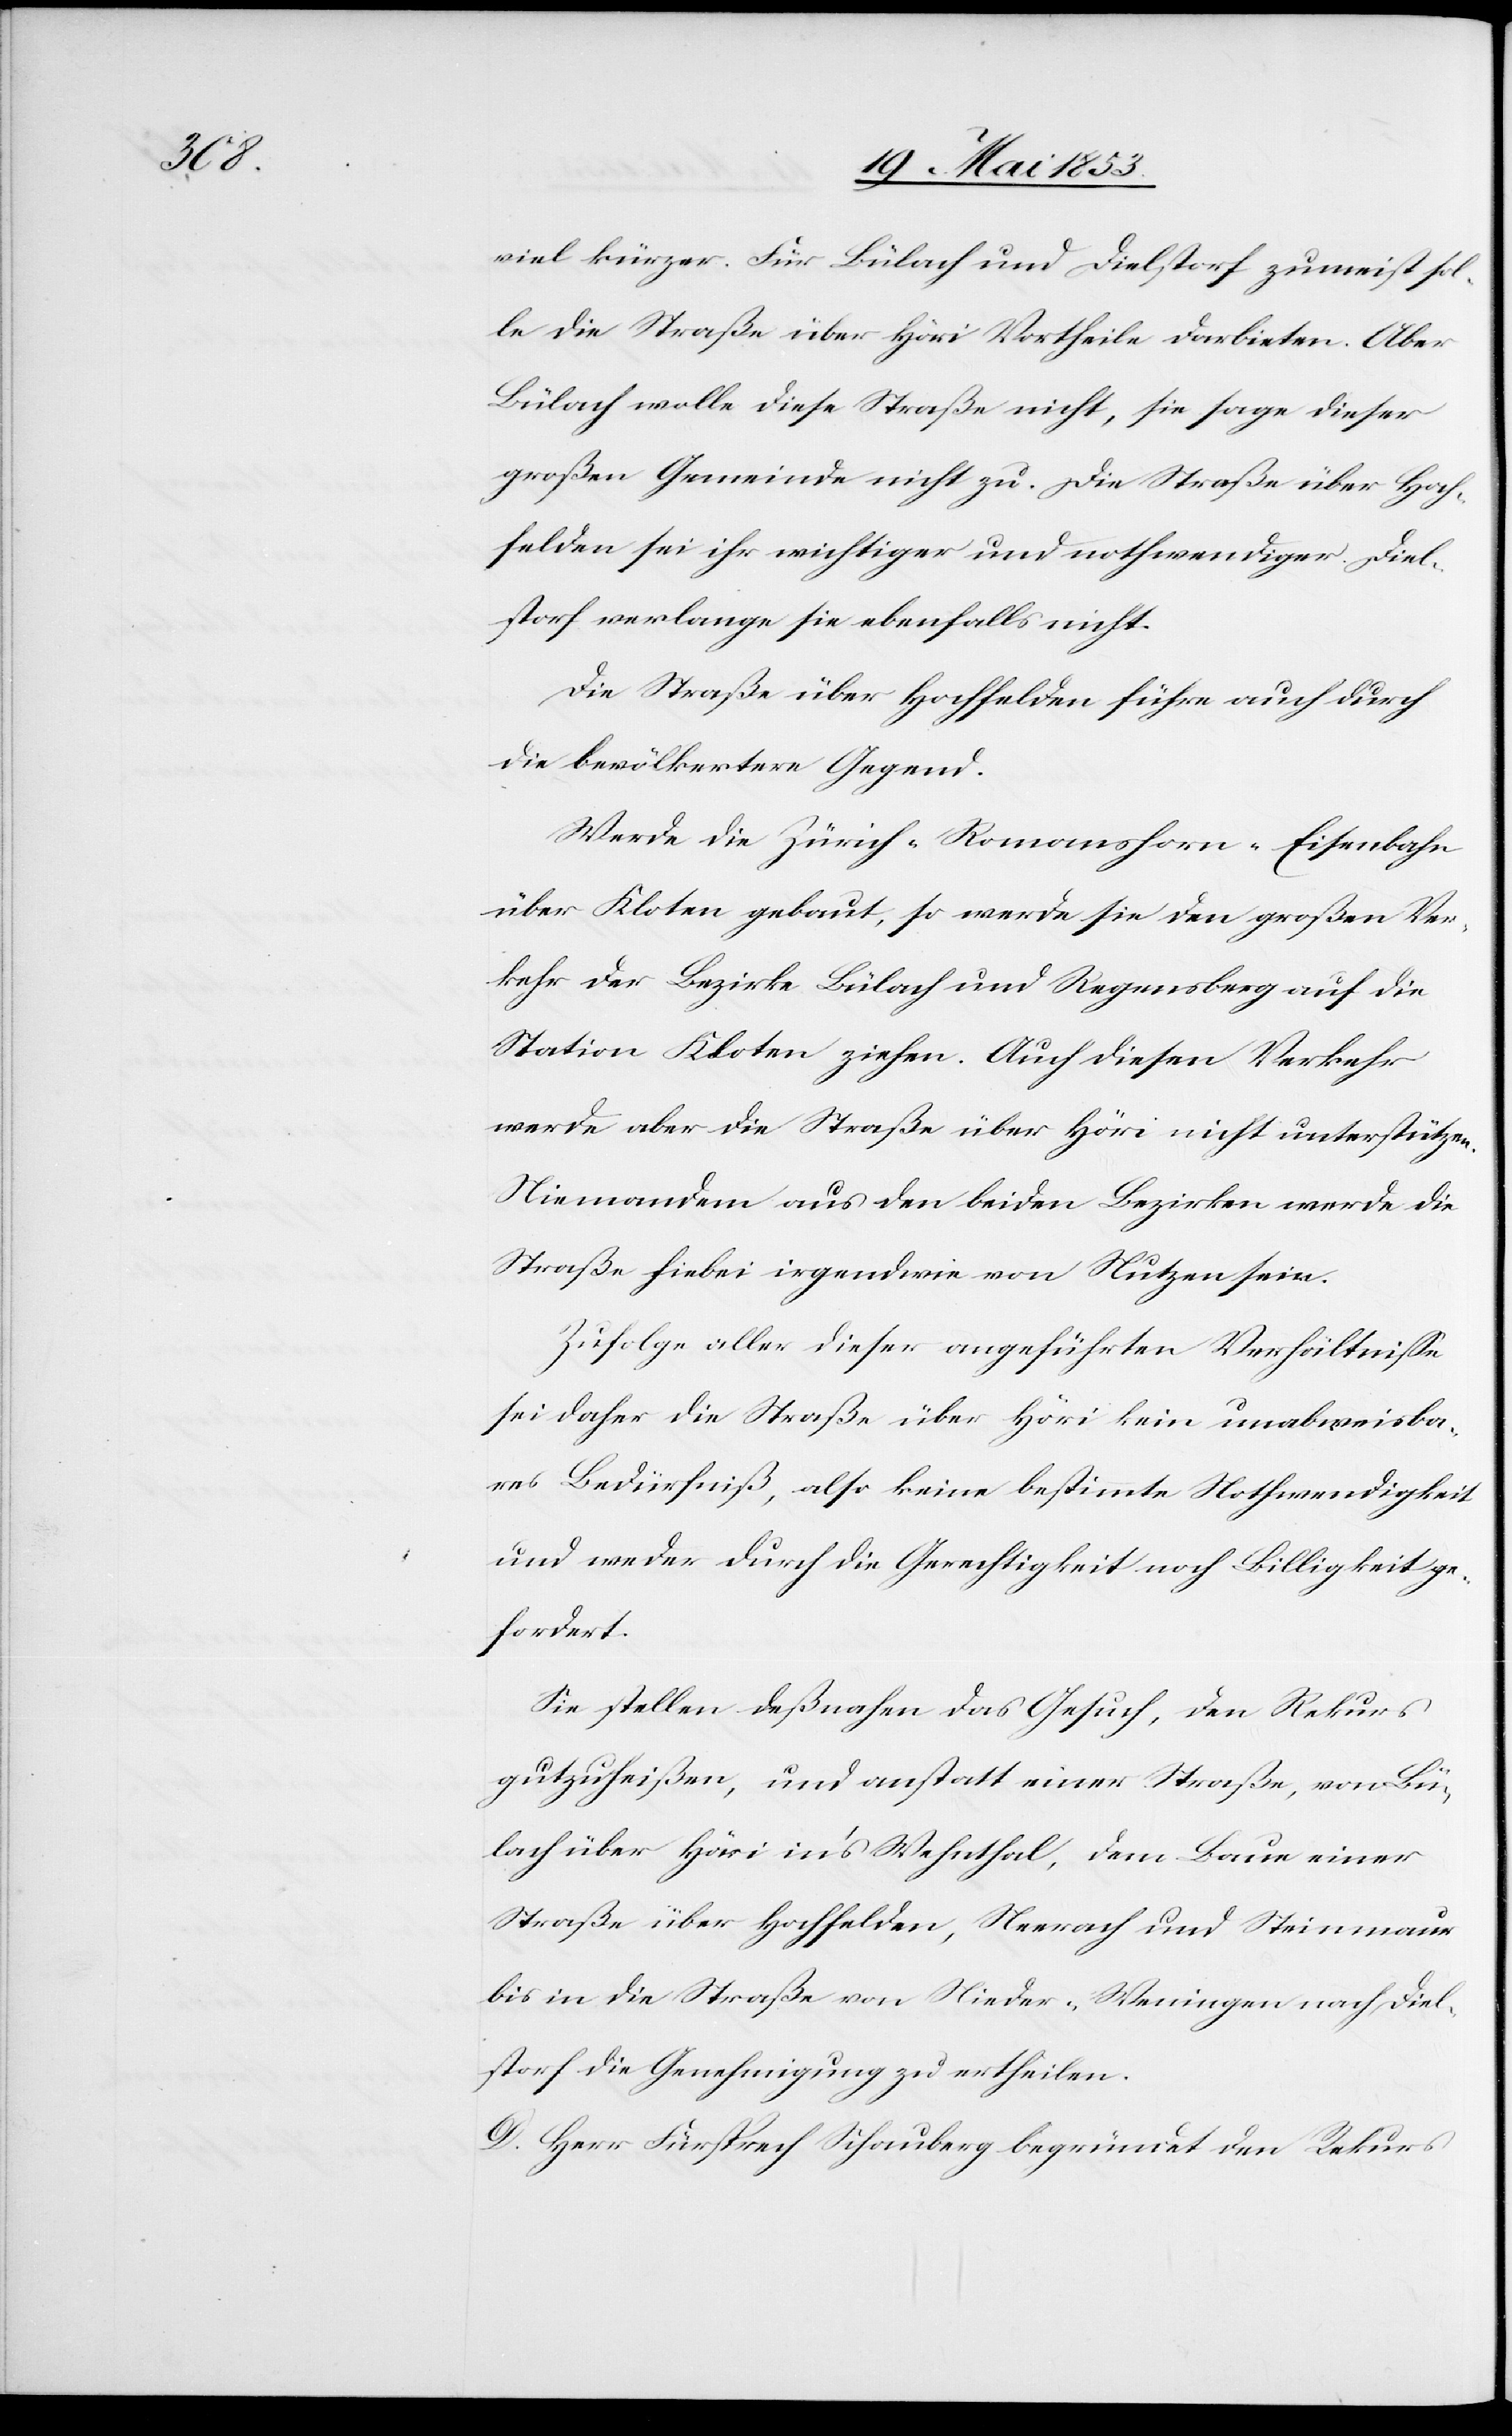
viel kürzer. Für Bülach und Dielstorf zumeist sol¬
le die Straße über Höri Vortheile darbieten. Ober
Bülach wolle diese Straße nicht, sie sage dieser
großen Gemeinde nicht zu. Die Straße über Hoch¬
die bevölkertere Gegend.
Werde die Zürich-Romanshorn-Eisenbahn
über Kloten gebaut, so werde sie den großen Ver¬
kehr der Bezirke Bülach und Regensberg auf die
Station Kloten ziehen. Auch diesen Verkehr
werde aber die Straße über Höri nicht unterstützen.
Niemanden aus den beiden Bezirken werde die
Straße hiebei irgendwie von Nutzen sein.
Zufolge aller dieser angeführten Verhältniße
sei daher die Straße über Höri kein unabweisba¬
res Bedürfniß, also keine bestimmte Nothwendigkeit
und weder durch die Gerechtigkeit noch Billigkeit ge¬
fordert.
Sie stellen deßnahen das Gesuch, den Rekurs
gutzuheißen, und anstatt einer Straße, von Bü¬
lach über Höri in’s Wehnthal, dem Baue einer
Straße über Hochfelden, Neerach und Steinmaur
bis in die Straße von Nieder-Weningen nach Diel¬
storf die Genehmigung zu ertheilen.
D. Herr Fürsprech Schauber begründet den Rekurs